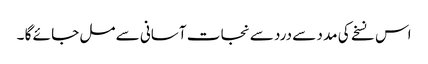
اس نسخے کی مد د سے درد سے نجا ت آسانی سے مل جا ئے گا ۔